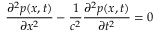
\frac { \partial ^ { 2 } p ( x , t ) } { \partial x ^ { 2 } } - \frac { 1 } { c ^ { 2 } } \frac { \partial ^ { 2 } p ( x , t ) } { \partial t ^ { 2 } } = 0